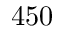
4 5 0